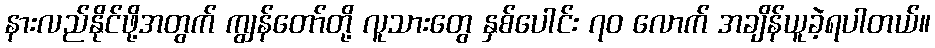
နားလည်နိုင်ဖို့အတွက် ကျွန်တော်တို့ လူသားတွေ နှစ်ပေါင်း ၇၀ လောက် အချိန်ယူခဲ့ရပါတယ်။